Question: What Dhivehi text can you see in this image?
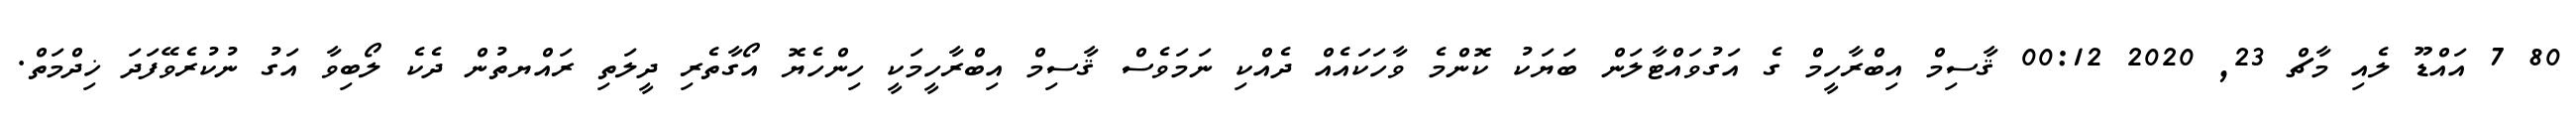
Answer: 80 7 އައްޑޫ ލެއި މާޗް 23, 2020 00:12 ޤާސިމް އިބްރާހީމް ގެ އަގުވައްޓާލަން ބަޔަކު ކޮންމެ ވާހަކައެއް ދެއްކި ނަމަވެސް ޤާސިމް އިބްރާހީމަކީ ހިންހެޔޮ އޯގާތެރި ދީލަތި ރައްޔތުން ދެކެ ލޯބިވާ އަގު ނުކުރެވޭފަދަ ޚިދްމަތް.